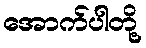
အောက်ပါတို့